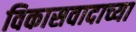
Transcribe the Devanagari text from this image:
विकासवादाच्या